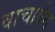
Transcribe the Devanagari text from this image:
वाचावेत